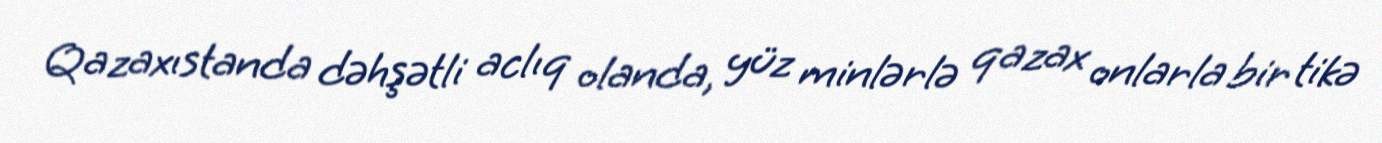
Qazaxıstanda dəhşətli aclıq olanda, yüz minlərlə qazax onlarla bir tikə